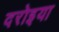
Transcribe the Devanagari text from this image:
दरोइया